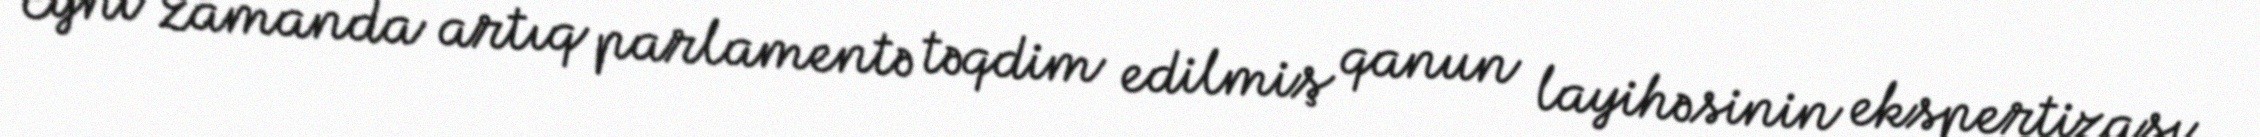
Eyni zamanda artıq parlamentə təqdim edilmiş qanun layihəsinin ekspertizası